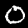
Digit: 0